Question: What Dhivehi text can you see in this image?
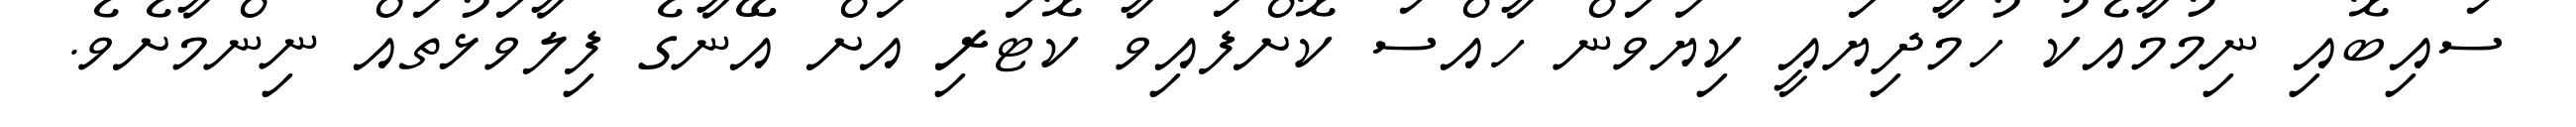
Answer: ސައިބޮއި ނިމުމާއެކު ހުމާދިޔައީ ކިޔަވަން ހާއްސަ ކޮށްފައިވާ ކޮޓަރި އަށް އޭނާގެ ފިލާވަޅުތައް ނިންމާށެވެ.